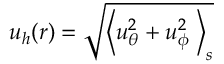
u _ { h } ( r ) = \sqrt { \left\langle u _ { \theta } ^ { 2 } + u _ { \phi } ^ { 2 } \; \right\rangle _ { s } }